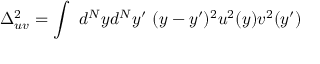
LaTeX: \Delta _ { u v } ^ { 2 } = \int ~ d ^ { N } y d ^ { N } y ^ { \prime } ~ ( y - y ^ { \prime } ) ^ { 2 } u ^ { 2 } ( y ) v ^ { 2 } ( y ^ { \prime } )